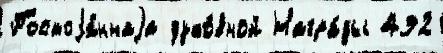
Постоjа́ннаjа духо́вной Награ́ды 492